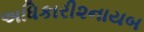
અધિકારી૨નાયબ